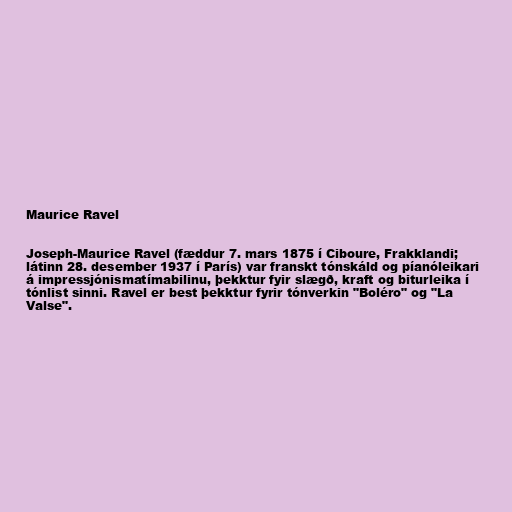
Maurice Ravel

Joseph-Maurice Ravel (fæddur 7. mars 1875 í Ciboure, Frakklandi;
látinn 28. desember 1937 í París) var franskt tónskáld og píanóleikari
á impressjónismatímabilinu, þekktur fyir slægð, kraft og biturleika í
tónlist sinni. Ravel er best þekktur fyrir tónverkin "Boléro" og "La
Valse".